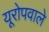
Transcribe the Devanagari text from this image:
यूरोपवाले